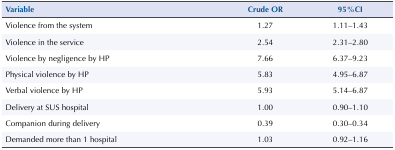
<table><thead><tr><td><b>Variable</b></td><td><b>Crude OR</b></td><td><b>95%CI</b></td></tr></thead><tbody><tr><td>Violence from the system</td><td>1.27</td><td>1.11–1.43</td></tr><tr><td>Violence in the service</td><td>2.54</td><td>2.31–2.80</td></tr><tr><td>Violence by negligence by HP</td><td>7.66</td><td>6.37–9.23</td></tr><tr><td>Physical violence by HP</td><td>5.83</td><td>4.95–6.87</td></tr><tr><td>Verbal violence by HP</td><td>5.93</td><td>5.14–6.87</td></tr><tr><td>Delivery at SUS hospital</td><td>1.00</td><td>0.90–1.10</td></tr><tr><td>Companion during delivery</td><td>0.39</td><td>0.30–0.34</td></tr><tr><td>Demanded more than 1 hospital</td><td>1.03</td><td>0.92–1.16</td></tr></tbody></table>